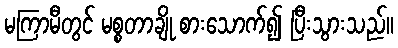
မကြာမီတွင် မစ္စတာချို စားသောက်၍ ပြီးသွားသည်။